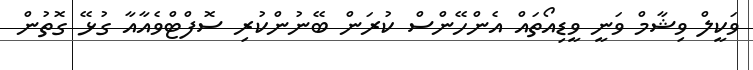
ވަކީލް ވިޝާމް ވަނީ ވީޑިއޯތައް އެންހޭންސް ކުރަން ބޭނުންކުރި ސޮފްޓްވެއާއާ ގުޅޭ ގޮތުން